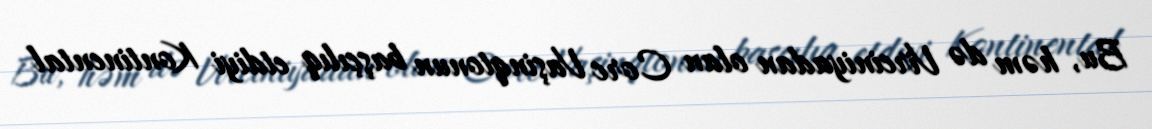
Bu, həm də Virciniyadan olan Corc Vaşinqtonun başçılıq etdiyi Kontinental